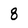
Character: 8